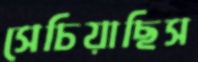
সেচিয়াছিস